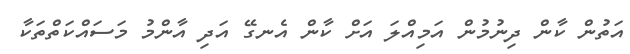
އަތުން ކާން ދިނުމުން އަމިއްލަ އަށް ކާން އެނގޭ އަދި އާންމު މަސައްކަތްތަކާ